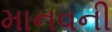
માનવની